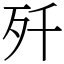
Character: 歼